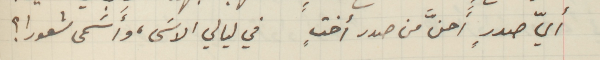
أيّ صدرٍ أَحنَّ من صدر أختٍ في ليالي الاسَى، وأَسَمى شعورا؟